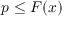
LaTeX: p \leq F ( x )